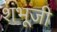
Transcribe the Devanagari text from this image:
शंभूजी